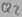
Text: Q2